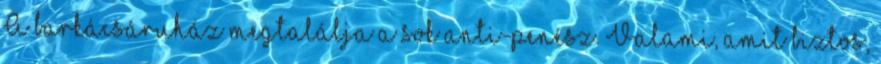
A barkácsáruház megtalálja a sok anti-penész. Valami, amit biztos,